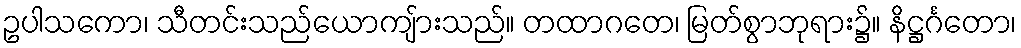
ဥပါသကော၊ သီတင်းသည်ယောကျ်ားသည်။ တထာဂတေ၊ မြတ်စွာဘုရား၌။ နိဋ္ဌင်္ဂတော၊